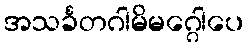
အသင်္ခတဂါမိမဂ္ဂေါပေ